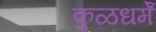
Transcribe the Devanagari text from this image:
कुळधर्में